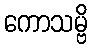
ကောသမ္ဗိ